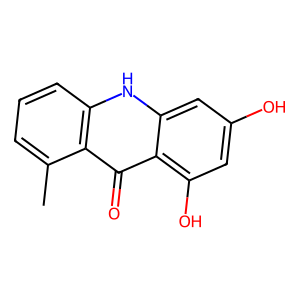
SMILES: Cc1cccc2[nH]c3cc(O)cc(O)c3c(=O)c12
Inhibits HIV replication: No